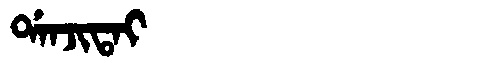
Manchu: ᡩᠠᠨᠵᡳᡨᠠᡳ
Romanization: DANJITAI